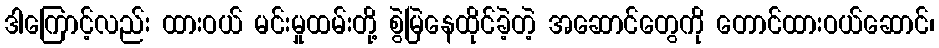
ဒါကြောင့်လည်း ထားဝယ် မင်းမှုထမ်းတို့ စွဲမြဲနေထိုင်ခဲ့တဲ့ အဆောင်တွေကို တောင်ထားဝယ်ဆောင်၊